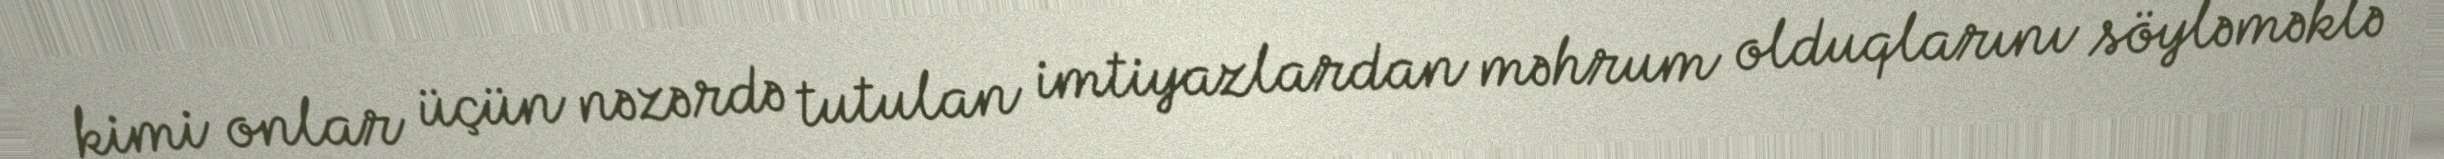
kimi onlar üçün nəzərdə tutulan imtiyazlardan məhrum olduqlarını söyləməklə